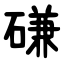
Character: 磏